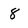
Character: 8